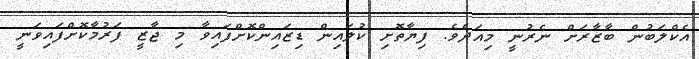
އެކްލަބުން ބާޒާރަށް ނެރުނީ މިއަދެވެ. ފިޔާތޮށި ކުލައިން ޑިޒައިންކޮށްފައިވާ މި ޖާޒީ ފަރުމާކޮށްފައިވަނީ